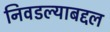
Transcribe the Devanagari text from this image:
निवडल्याबद्दल